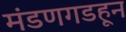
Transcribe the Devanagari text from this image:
मंडणगडहून